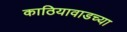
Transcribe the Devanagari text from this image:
काठियावाडच्या